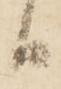
る